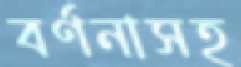
বর্ণনাসহ